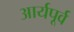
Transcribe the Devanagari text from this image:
आर्यपूर्व